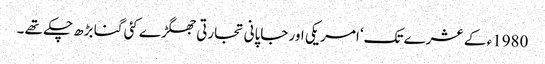
1980ء کے عشرے تک‘ امریکی اور جاپانی تجارتی جھگڑے کئی گنا بڑھ چکے تھے ۔